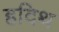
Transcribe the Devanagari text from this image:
हदिथ